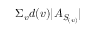
\Sigma _ { v } d ( v ) | A _ { S _ { ( v ) } } |